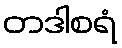
တဒါစရံ